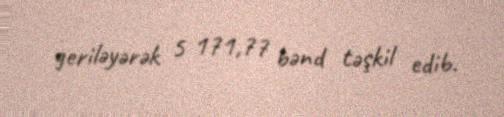
geriləyərək 5 171,77 bənd təşkil edib.